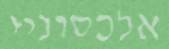
אלכסוניי